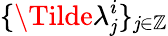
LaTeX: \{ \Tilde{\lambda}_{\mathit{j}}^{i}\} _{\mathit{j}\in\mathbb{{Z}}}